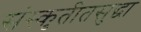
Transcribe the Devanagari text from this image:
संस्कृतीतसुद्धा